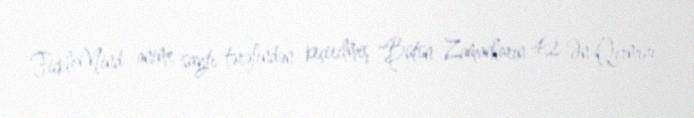
FickleMind anime saytı tərəfindən keçirilmiş "Bütün Zamanların 42 Ən Qırmızı